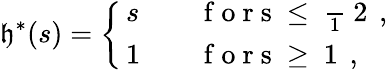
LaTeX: \mathfrak{h}^{\ast}(s)=\left\{ \begin{array}{ll}{\, s}&{\quad\mathrm{~f~o~r~s~\leq~\frac~1~2~}\, ,}\\ {\, 1}&{\quad\mathrm{~f~o~r~s~\geq~1~}\, ,}\end{array}\right.